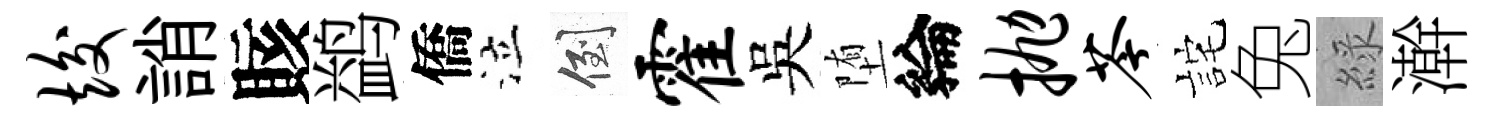
竣誚賅鹢僑泣倒霍吳堕綸抛苓詫兔綠澣